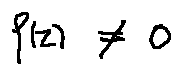
f ( z ) \neq 0